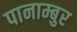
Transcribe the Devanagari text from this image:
पानाम्बुर